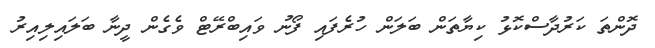
ދޮންތަ ކަރުދާސްކޮޅު ކިޔާތަން ބަލަން ހުރެފައި ފޯނު ވައިބްރޭޓް ވެގެން ދީނާ ބަލައިލިއިރު